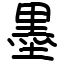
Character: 墨